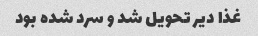
غذا دیر تحویل شد و سرد شده بود